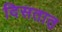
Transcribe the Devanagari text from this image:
दिसतात़